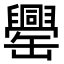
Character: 𦉝